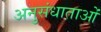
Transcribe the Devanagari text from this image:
अनुसंधाताओं